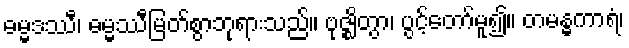
ဓမ္မဒဿီ၊ ဓမ္မဿီမြတ်စွာဘုရားသည်။ ဗုဇ္ဈိတွာ၊ ပွင့်တော်မူ၍။ တမန္ဓကာရံ၊